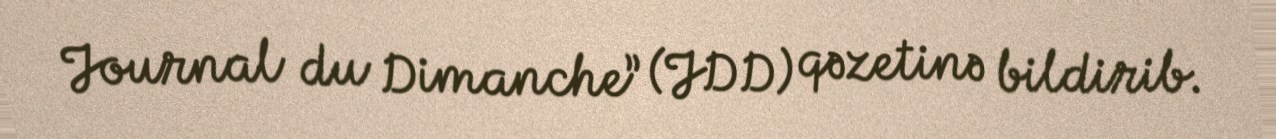
Journal du Dimanche” (JDD) qəzetinə bildirib.